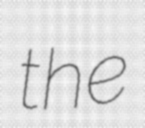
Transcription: the